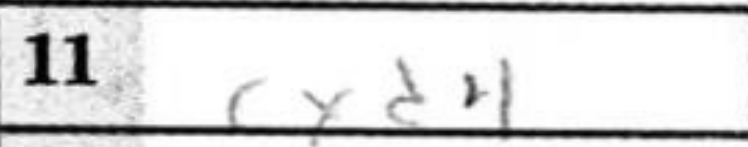
Transcription: cxd4